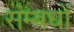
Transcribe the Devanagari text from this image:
संम्बधों